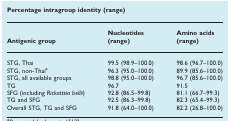
<table><thead><tr><td colspan="3"><b>Percentage intragroup identity (range)</b></td></tr><tr><td><b>Antigenic group</b></td><td><b>Nucleotides (range)</b></td><td><b>Amino acids (range)</b></td></tr></thead><tbody><tr><td>STG, Thai</td><td>99.5 (98.9–100.0)</td><td>98.6 (96.7–100.0)</td></tr><tr><td>STG, non-Thaia</td><td>96.3 (95.0–100.0)</td><td>89.9 (85.6–100.0)</td></tr><tr><td>STG, all available groups</td><td>98.8 (95.0–100.0)</td><td>96.7 (85.6–100.0)</td></tr><tr><td>TG</td><td>96.7</td><td>91.5</td></tr><tr><td>SFG (including <i>Rickettsia bellii</i>)</td><td>92.8 (86.5–99.8)</td><td>81.1 (66.7–99.3)</td></tr><tr><td>TG and SFG</td><td>92.5 (86.3–99.8)</td><td>82.3 (65.4–99.3)</td></tr><tr><td>Overall STG, TG and SFG</td><td>91.8 (64.0–100.0)</td><td>82.2 (26.8–100.0)</td></tr></tbody></table>